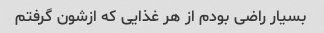
بسیار راضی بودم از هر غذایی که ازشون گرفتم